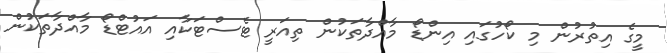
މީގެ އިތުރުން މި ކޯހުގައި އިންޑޯ މާއްދާތަކުން ތިއަރީ ޓެސްޓަކާއި އައުޓްޑޯ މާއްދާތަކުން